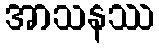
အာသနဿ